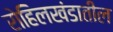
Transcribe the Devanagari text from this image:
रोहिलखंडातील